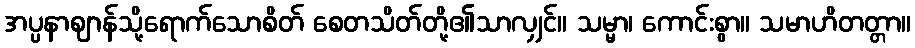
အပ္ပနာဈာန်သို့ရောက်သောစိတ် စေတသိတ်တို့၏သာလျှင်။ သမ္မာ၊ ကောင်းစွာ။ သမာဟိတတ္တာ။